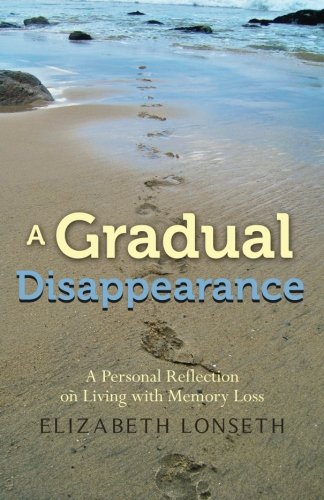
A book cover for A Gradual Disappearance; Elizabeth Lonseth; Health, Fitness & Dieting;